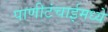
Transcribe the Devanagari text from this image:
पाणीटंचाईमध्ये